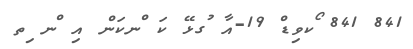
841 841 ޯކވިޑް 19-އާ ުގޅޭ ކަ ްނކަން އި ްނ ިތ